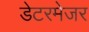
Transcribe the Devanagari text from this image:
डेटरमेजर